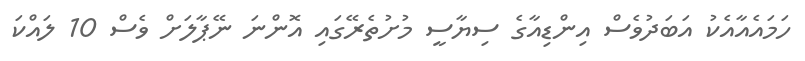
ހަމައެއާއެކު އަބަދުވެސް އިންޑިއާގެ ސިޔާސީ މުށުތެރޭގައި އޮންނަ ނޭޕާލަށް ވެސް 10 ލައްކަ